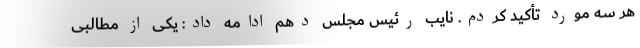
هر سه مورد تأکید کردم. نایب رئیس مجلس دهم ادامه داد: یکی از مطالبی